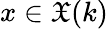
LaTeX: x\in{\mathfrak{X}}(k)